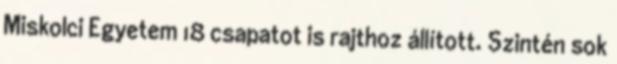
Miskolci Egyetem 18 csapatot is rajthoz állított. Szintén sok